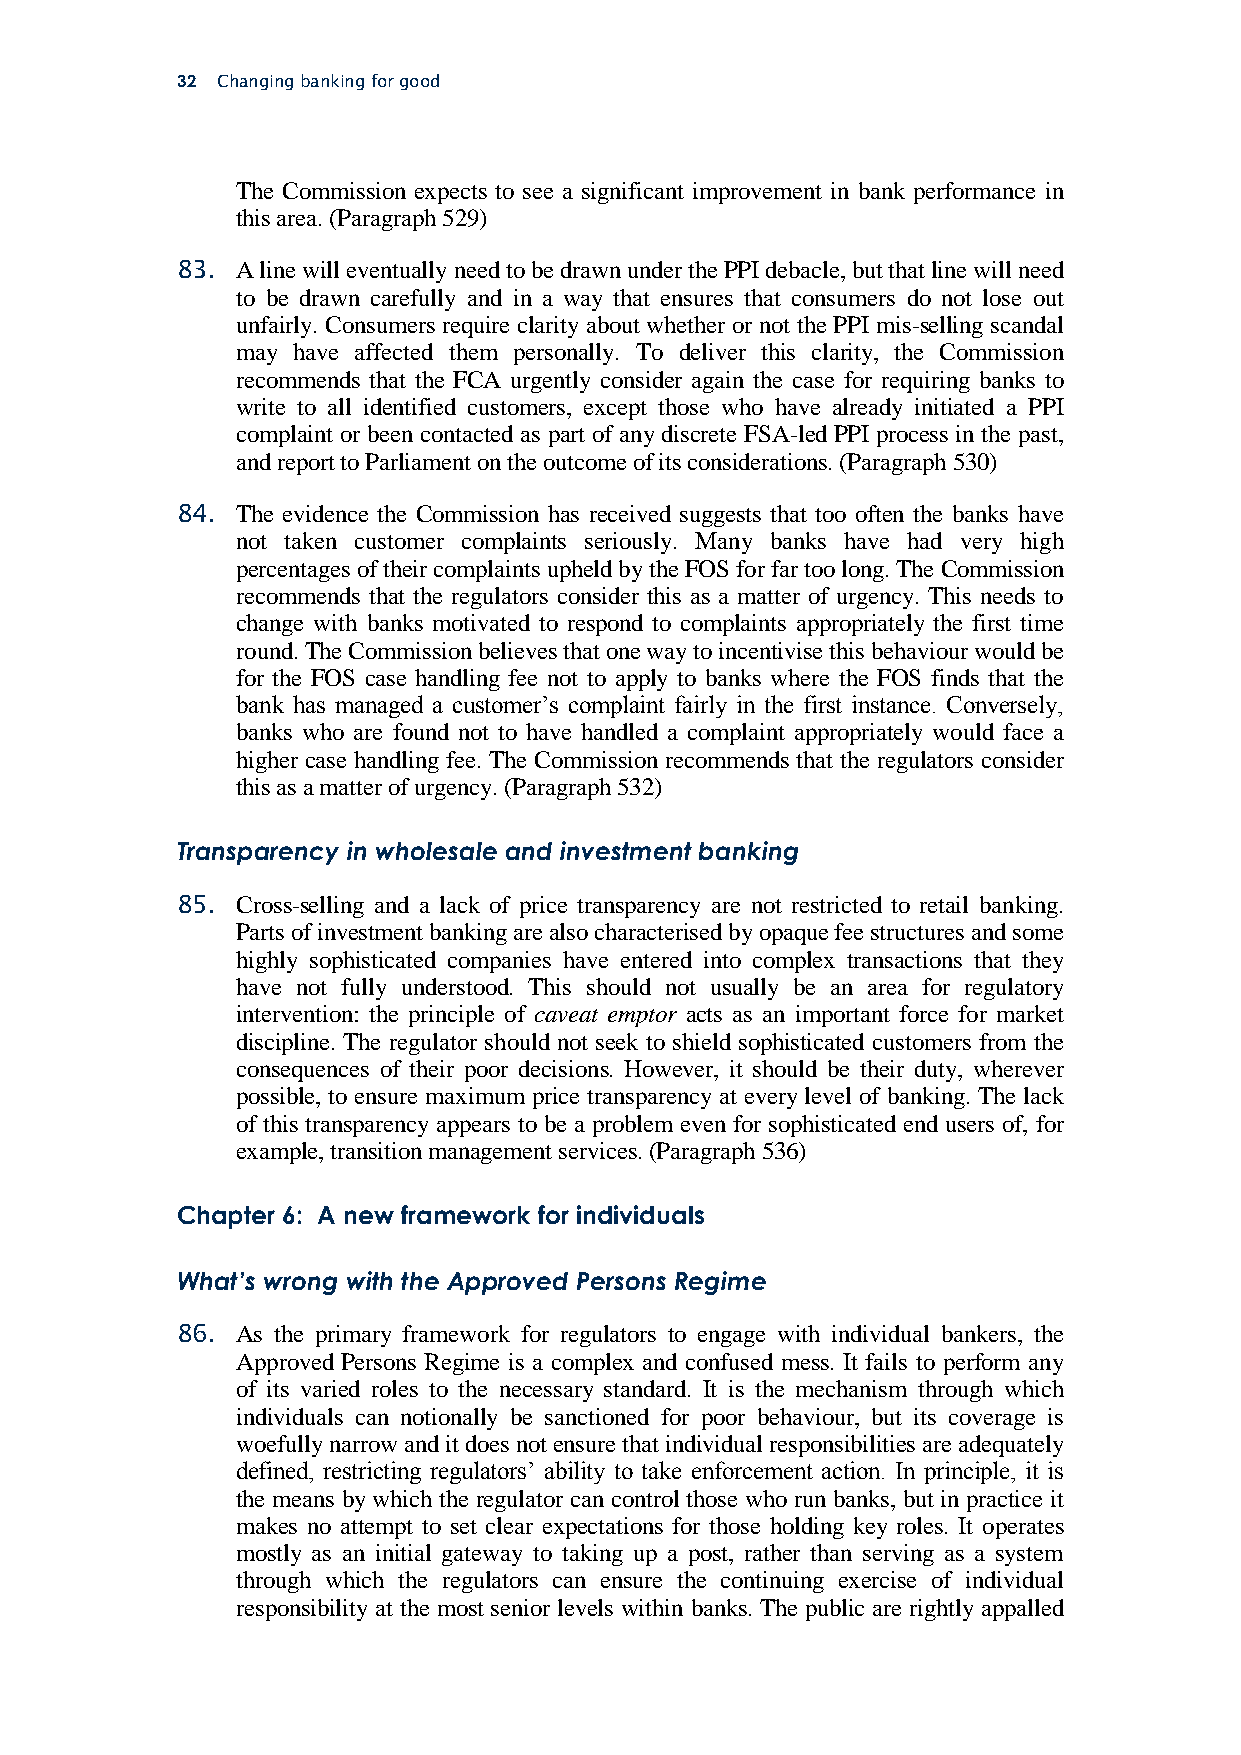
32 Changing banking for good
 The Commission expects to see a significant improvement in bank performance in
 this area. (Paragraph 529)
 83. A line will eventually need to be drawn under the PPI debacle, but that line will need
 to be drawn carefully and in a way that ensures that consumers do not lose out
 unfairly. Consumers require clarity about whether or not the PPI mis-selling scandal
 may have affected them personally. To deliver this clarity, the Commission
 recommends that the FCA urgently consider again the case for requiring banks to
 write to all identified customers, except those who have already initiated a PPI
 complaint or been contacted as part of any discrete FSA-led PPI process in the past,
 and report to Parliament on the outcome of its considerations. (Paragraph 530)
 84. The evidence the Commission has received suggests that too often the banks have
 not taken customer complaints seriously. Many banks have had very high
 percentages of their complaints upheld by the FOS for far too long. The Commission
 recommends that the regulators consider this as a matter of urgency. This needs to
 change with banks motivated to respond to complaints appropriately the first time
 round. The Commission believes that one way to incentivise this behaviour would be
 for the FOS case handling fee not to apply to banks where the FOS finds that the
 bank has managed a customer’s complaint fairly in the first instance. Conversely,
 banks who are found not to have handled a complaint appropriately would face a
 higher case handling fee. The Commission recommends that the regulators consider
 this as a matter of urgency. (Paragraph 532)
 Transparency in wholesale and investment banking
 85. Cross-selling and a lack of price transparency are not restricted to retail banking.
 Parts of investment banking are also characterised by opaque fee structures and some
 highly sophisticated companies have entered into complex transactions that they
 have not fully understood. This should not usually be an area for regulatory
 intervention: the principle of caveat emptor acts as an important force for market
 discipline. The regulator should not seek to shield sophisticated customers from the
 consequences of their poor decisions. However, it should be their duty, wherever
 possible, to ensure maximum price transparency at every level of banking. The lack
 of this transparency appears to be a problem even for sophisticated end users of, for
 example, transition management services. (Paragraph 536)
 Chapter 6: A new framework for individuals
 What’s wrong with the Approved Persons Regime
 86. As the primary framework for regulators to engage with individual bankers, the
 Approved Persons Regime is a complex and confused mess. It fails to perform any
 of its varied roles to the necessary standard. It is the mechanism through which
 individuals can notionally be sanctioned for poor behaviour, but its coverage is
 woefully narrow and it does not ensure that individual responsibilities are adequately
 defined, restricting regulators’ ability to take enforcement action. In principle, it is
 the means by which the regulator can control those who run banks, but in practice it
 makes no attempt to set clear expectations for those holding key roles. It operates
 mostly as an initial gateway to taking up a post, rather than serving as a system
 through which the regulators can ensure the continuing exercise of individual
 responsibility at the most senior levels within banks. The public are rightly appalled